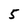
Character: 5